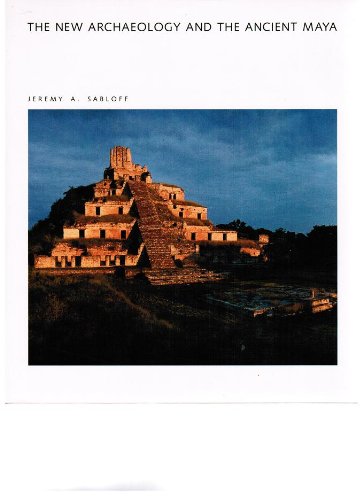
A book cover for The New Archaeology and the Ancient Maya (Scientific American Library, #30); Jeremy A. Sabloff; History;